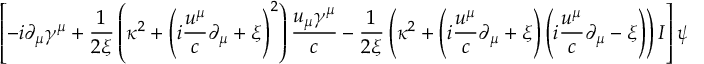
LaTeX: \left[ - i \partial _ { \mu } \gamma ^ { \mu } + \frac { 1 } { 2 \xi } \left( \kappa ^ { 2 } + \left( i \frac { u ^ { \mu } } { c } \partial _ { \mu } + \xi \right) ^ { 2 } \right) \frac { u _ { \mu } \gamma ^ { \mu } } { c } - \frac { 1 } { 2 \xi } \left( \kappa ^ { 2 } + \left( i \frac { u ^ { \mu } } { c } \partial _ { \mu } + \xi \right) \left( i \frac { u ^ { \mu } } { c } \partial _ { \mu } - \xi \right) \right) I \right] \psi ( x ) = 0